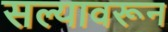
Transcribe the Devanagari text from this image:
सल्यावरून